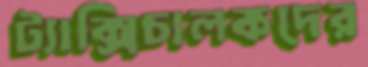
ট্যাক্সিচালকদের